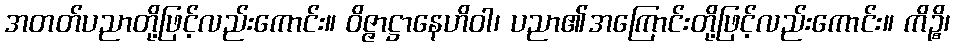
အတတ်ပညာတို့ဖြင့်လည်းကောင်း။ ဝိဇ္ဇာဋ္ဌာနေဟိဝါ၊ ပညာ၏အကြောင်းတို့ဖြင့်လည်းကောင်း။ ကိဉ္စိ၊